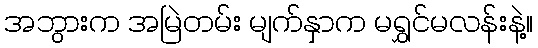
အဘွားက အမြဲတမ်း မျက်နှာက မရွှင်မလန်းနဲ့။